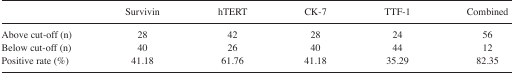
<table><thead><tr><td></td><td><b>Survivin</b></td><td><b>hTERT</b></td><td><b>CK-7</b></td><td><b>TTF-1</b></td><td><b>Combined</b></td></tr></thead><tbody><tr><td>Above cut-off (n)</td><td>28</td><td>42</td><td>28</td><td>24</td><td>56</td></tr><tr><td>Below cut-off (n)</td><td>40</td><td>26</td><td>40</td><td>44</td><td>12</td></tr><tr><td>Positive rate (%)</td><td>41.18</td><td>61.76</td><td>41.18</td><td>35.29</td><td>82.35</td></tr></tbody></table>